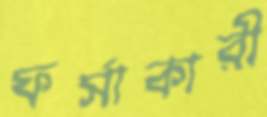
ফর্সাকারী